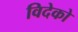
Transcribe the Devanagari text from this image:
विदेको